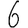
Digit: 6